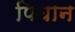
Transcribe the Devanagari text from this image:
पिघान